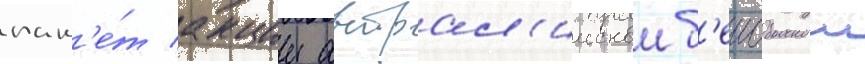
пак'е́т акции австрал'иискои б'еисбольнои